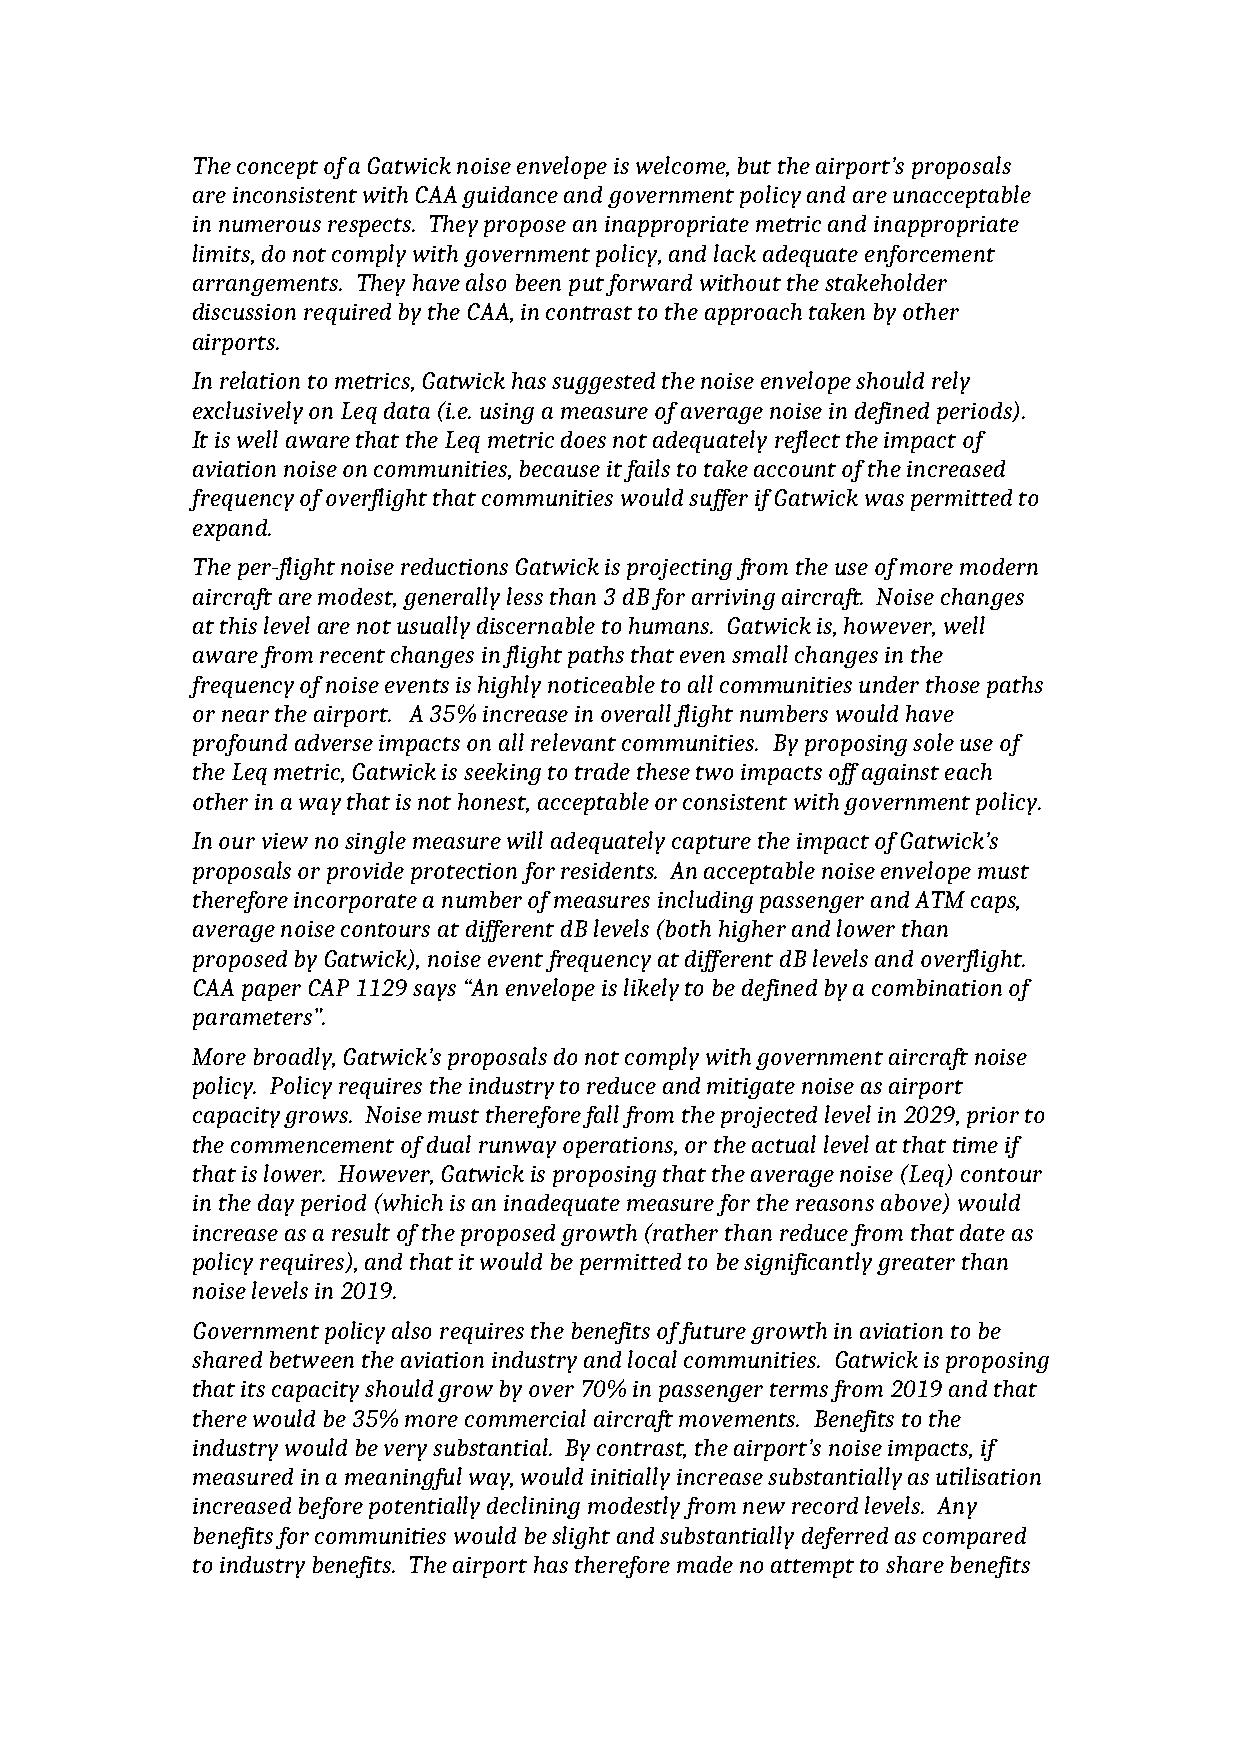
The concept of a Gatwick noise envelope is welcome, but the airport’s proposals
 are inconsistent with CAA guidance and government policy and are unacceptable
 in numerous respects. They propose an inappropriate metric and inappropriate
 limits, do not comply with government policy, and lack adequate enforcement
 arrangements. They have also been put forward without the stakeholder
 discussion required by the CAA, in contrast to the approach taken by other
 airports.
 In relation to metrics, Gatwick has suggested the noise envelope should rely
 exclusively on Leq data (i.e. using a measure of average noise in defined periods).
 It is well aware that the Leq metric does not adequately reflect the impact of
 aviation noise on communities, because it fails to take account of the increased
 frequency of overflight that communities would suffer if Gatwick was permitted to
 expand.
 The per-flight noise reductions Gatwick is projecting from the use of more modern
 aircraft are modest, generally less than 3 dB for arriving aircraft. Noise changes
 at this level are not usually discernable to humans. Gatwick is, however, well
 aware from recent changes in flight paths that even small changes in the
 frequency of noise events is highly noticeable to all communities under those paths
 or near the airport. A 35% increase in overall flight numbers would have
 profound adverse impacts on all relevant communities. By proposing sole use of
 the Leq metric, Gatwick is seeking to trade these two impacts off against each
 other in a way that is not honest, acceptable or consistent with government policy.
 In our view no single measure will adequately capture the impact of Gatwick’s
 proposals or provide protection for residents. An acceptable noise envelope must
 therefore incorporate a number of measures including passenger and ATM caps,
 average noise contours at different dB levels (both higher and lower than
 proposed by Gatwick), noise event frequency at different dB levels and overflight.
 CAA paper CAP 1129 says “An envelope is likely to be defined by a combination of
 parameters”.
 More broadly, Gatwick’s proposals do not comply with government aircraft noise
 policy. Policy requires the industry to reduce and mitigate noise as airport
 capacity grows. Noise must therefore fall from the projected level in 2029, prior to
 the commencement of dual runway operations, or the actual level at that time if
 that is lower. However, Gatwick is proposing that the average noise (Leq) contour
 in the day period (which is an inadequate measure for the reasons above) would
 increase as a result of the proposed growth (rather than reduce from that date as
 policy requires), and that it would be permitted to be significantly greater than
 noise levels in 2019.
 Government policy also requires the benefits of future growth in aviation to be
 shared between the aviation industry and local communities. Gatwick is proposing
 that its capacity should grow by over 70% in passenger terms from 2019 and that
 there would be 35% more commercial aircraft movements. Benefits to the
 industry would be very substantial. By contrast, the airport’s noise impacts, if
 measured in a meaningful way, would initially increase substantially as utilisation
 increased before potentially declining modestly from new record levels. Any
 benefits for communities would be slight and substantially deferred as compared
 to industry benefits. The airport has therefore made no attempt to share benefits